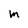
Character: M